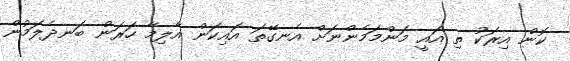
ކޮން އިރަކު ތި އައީ މަންމަމެންނަށް އެނގޭތަ އައިކަން އާލިމާ ހަރަން ބަނދެލަމުން